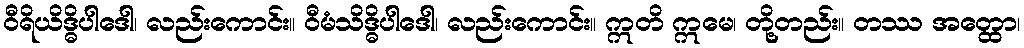
ဝီရိယိဒ္ဓိပါဒေါ၊ လည်းကောင်း။ ဝီမံသိဒ္ဓိပါဒေါ၊ လည်းကောင်း။ ဣတိ ဣမေ၊ တို့တည်း။ တဿ အတ္ထော၊